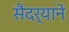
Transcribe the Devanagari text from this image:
सैदर्याने